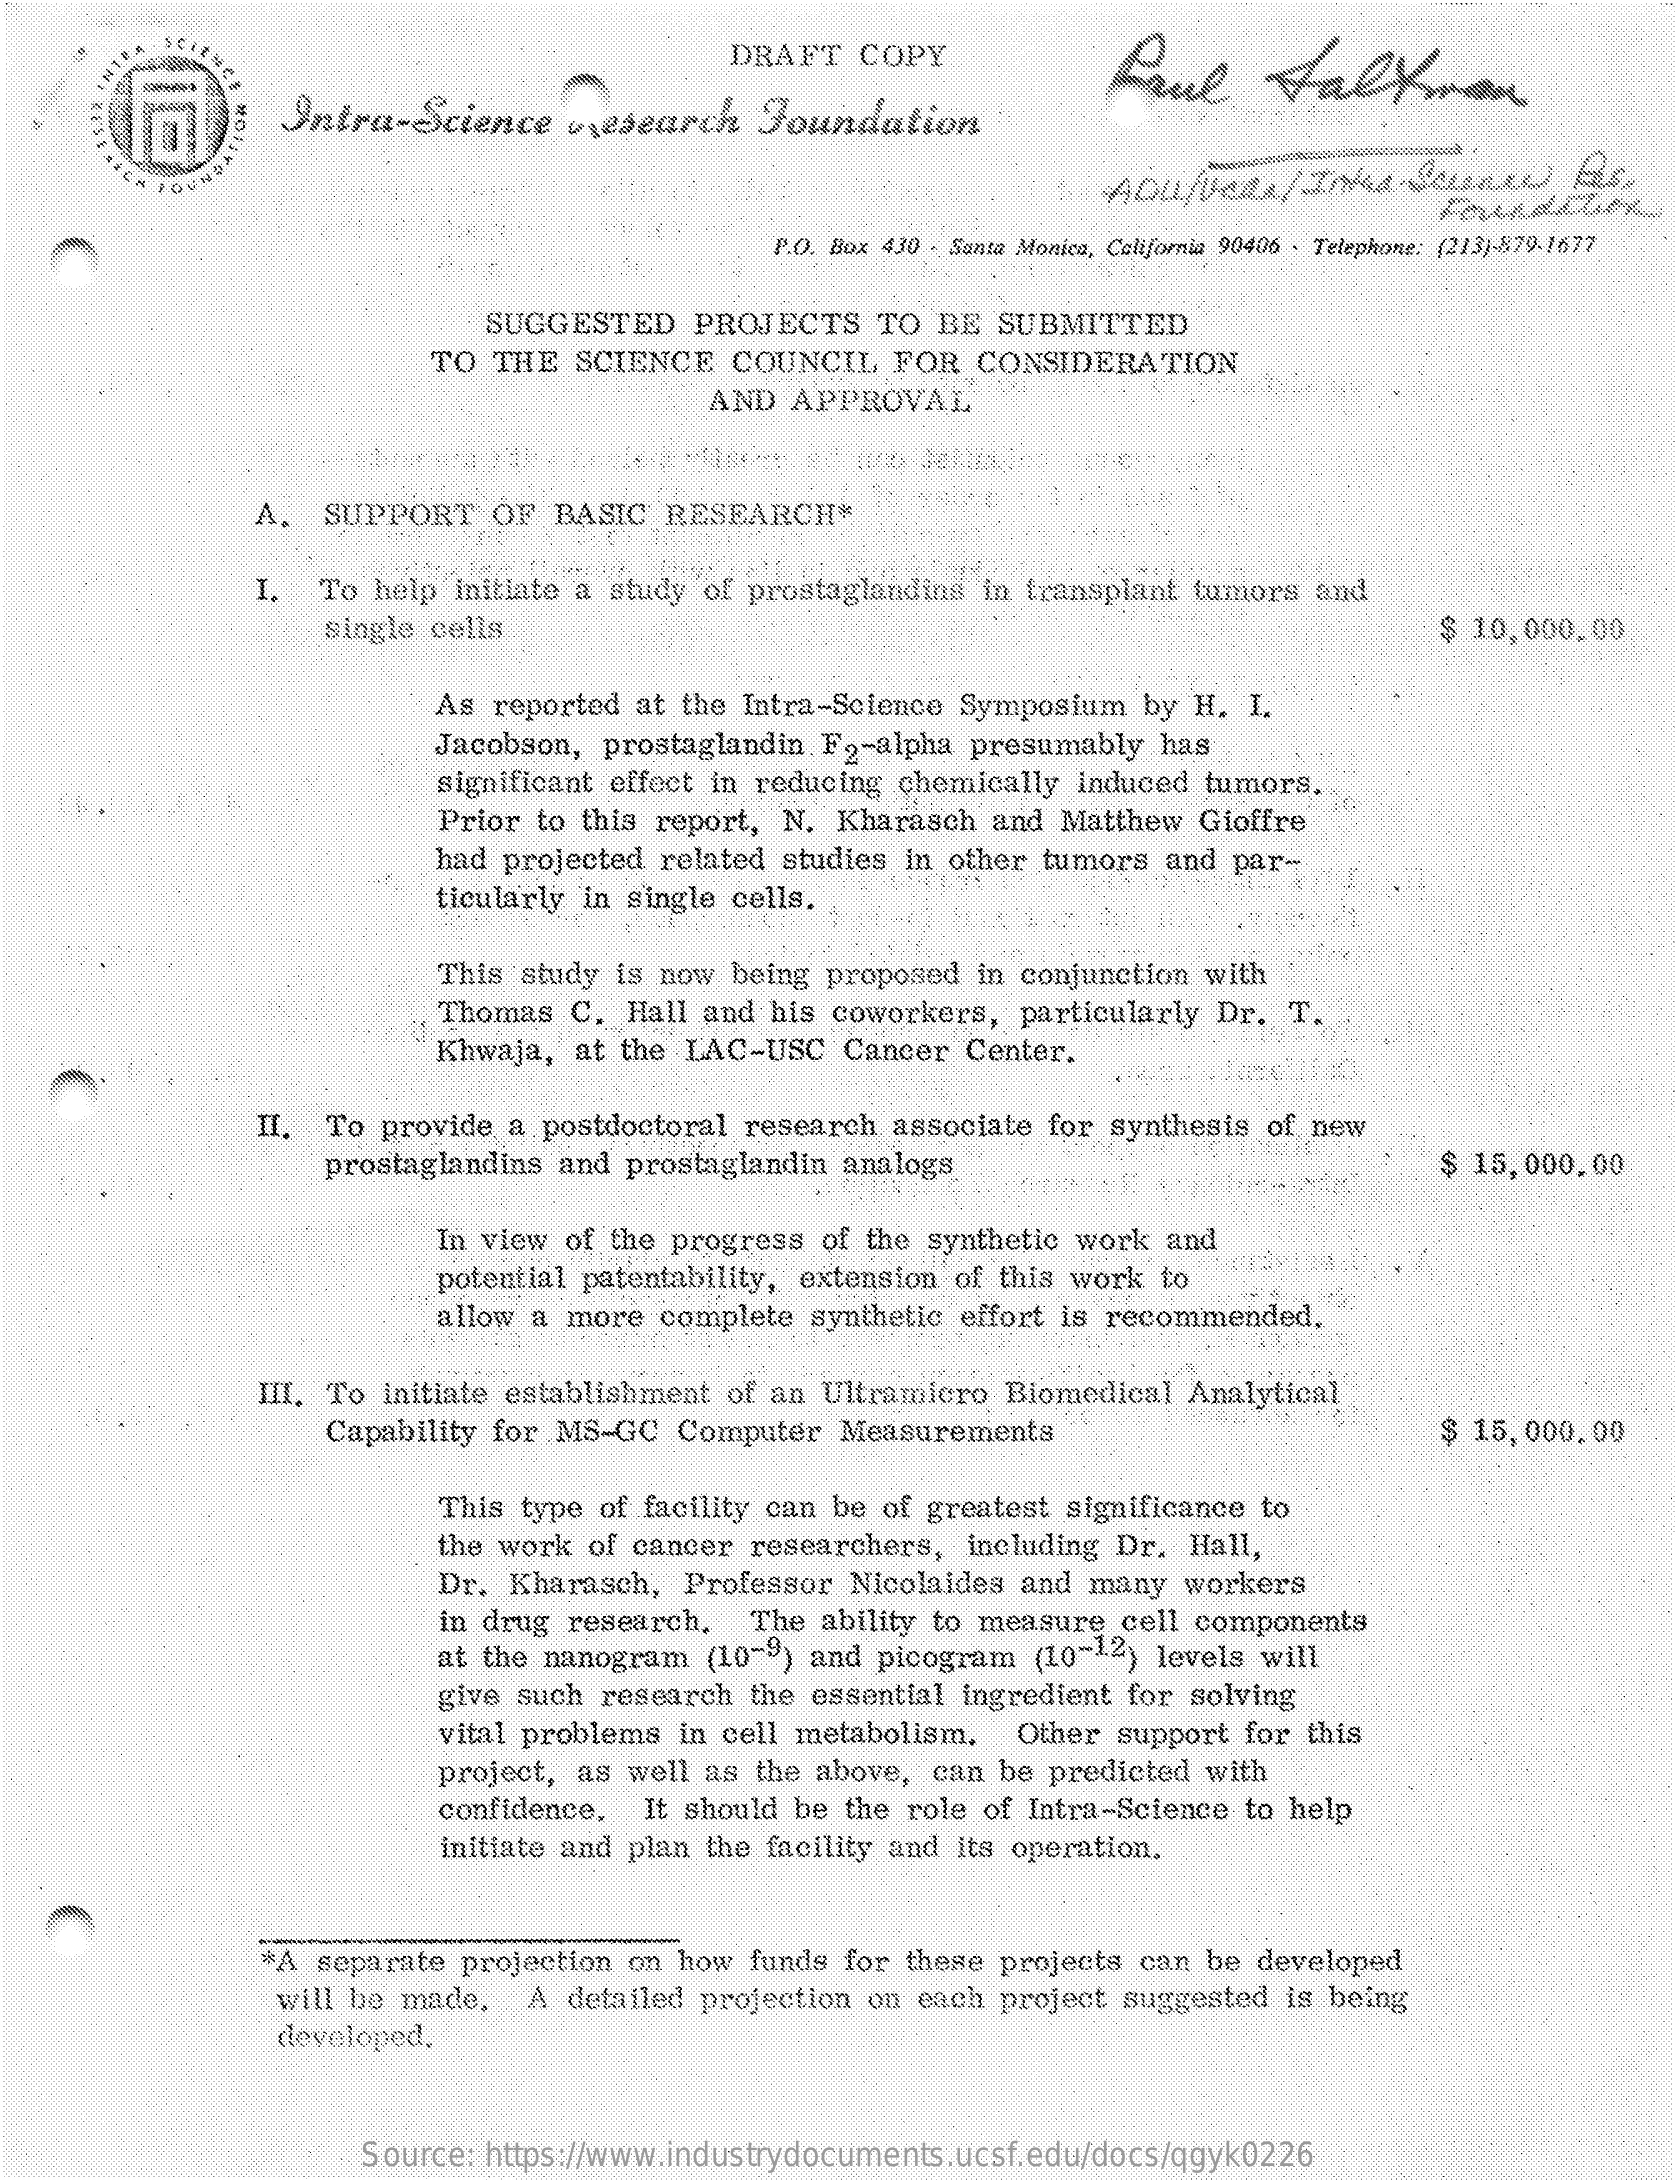
DRAFT    COPY
     Bul    Falkron
     Intra-Science    vresearch    Foundation
     P.O. Box 430 - Santa Monica, California 90406 · Telephone: (213)-879-1677
     SUGGESTED    PROJECTS    TO   BE  SUBMITTED
     TO   THE   SCIENCE    COUNCIL    FOR    CONSIDERATION
     AND  APPROVAL
     A.   SUPPORT    OF  BASIC    RESEARCH*
     I.   To  help  initiate a  study  of prostaglandins    in  transplant  tumors    and
     single  cells    $ 10,000.00
     As  reported  at  the  Intra-Science   Symposium    by  H.  I.
     Jacobson,   prostaglandin    F2-alpha   presumably    has
     significant  effect in  reducing   chemically    induced  tumors.
     Prior  to this  report,   N.  Kharasch    and  Matthew    Gioffre
     had projected   related   studies  in  other  tumors   and  par-
     ticularly in  single  cells.
     This  study  is now   being  proposed    in conjunction   with
     Thomas   C.   Hall  and  his  coworkers,    particularly   Dr.   T.
     Khwaja,   at the  LAC-USC    Cancer    Center.
     II.  To  provide   a postdoctoral    research   associate   for  synthesis   of new
     prostaglandins    and  prostaglandin    analogs    $ 15,000.00
     In view  of  the progress    of the  synthetic  work   and
     potential patentability,   extension   of this  work   to
     allow  a more   complete    synthetic   effort is  recommended.
     III. To  initiate  establishment    of an  Ultramicro    Biomedical    Analytical
     Capability   for MS-GC    Computer    Measurements"    $ 15,000.00
     This  type  of facility can   be  of greatest   significance   to
     the work   of cancer   researchers,    including  Dr.   Hall,
     Dr.  Kharasch,    Professor    Nicolaides   and  many    workers
     in drug  research.    The  ability to  measure    cell components
     at the  nanogram    (10-3)  and  picogram    (10-12)   levels  will
     give such   research    the essential   ingredient  for  solving
     vital problems    in cell  metabolism.    Other  support   for  this
     project,  as  well  as  the above,   can  be  predicted   with
     confidence.    It should   be  the role  of  Intra-Science   to  help
     initiate and  plan  the  facility and  its operation,
     "A  separate   projection   on  how  funds   for these  projects   can  be  developed
     will  be  made,    A  detailed  projection   on  each   project  suggested    is being
     developed.
     Source:   https://www.industrydocuments.ucsf.edu/docs/qgyk0226